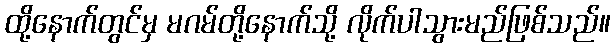
ထို့နောက်တွင်မှ မဂမ်တို့နောက်သို့ လိုက်ပါသွားမည်ဖြစ်သည်။